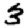
Digit: 3